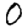
Digit: 0